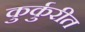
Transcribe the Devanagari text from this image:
कुर्कुरीत